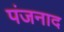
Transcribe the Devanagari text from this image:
पंजनाद